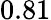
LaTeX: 0.81